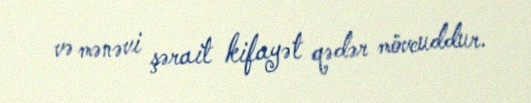
və mənəvi şərait kifayət qədər mövcuddur.